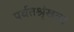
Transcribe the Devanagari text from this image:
पर्वतश्रृंखला